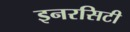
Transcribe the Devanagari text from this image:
इनरसिटी